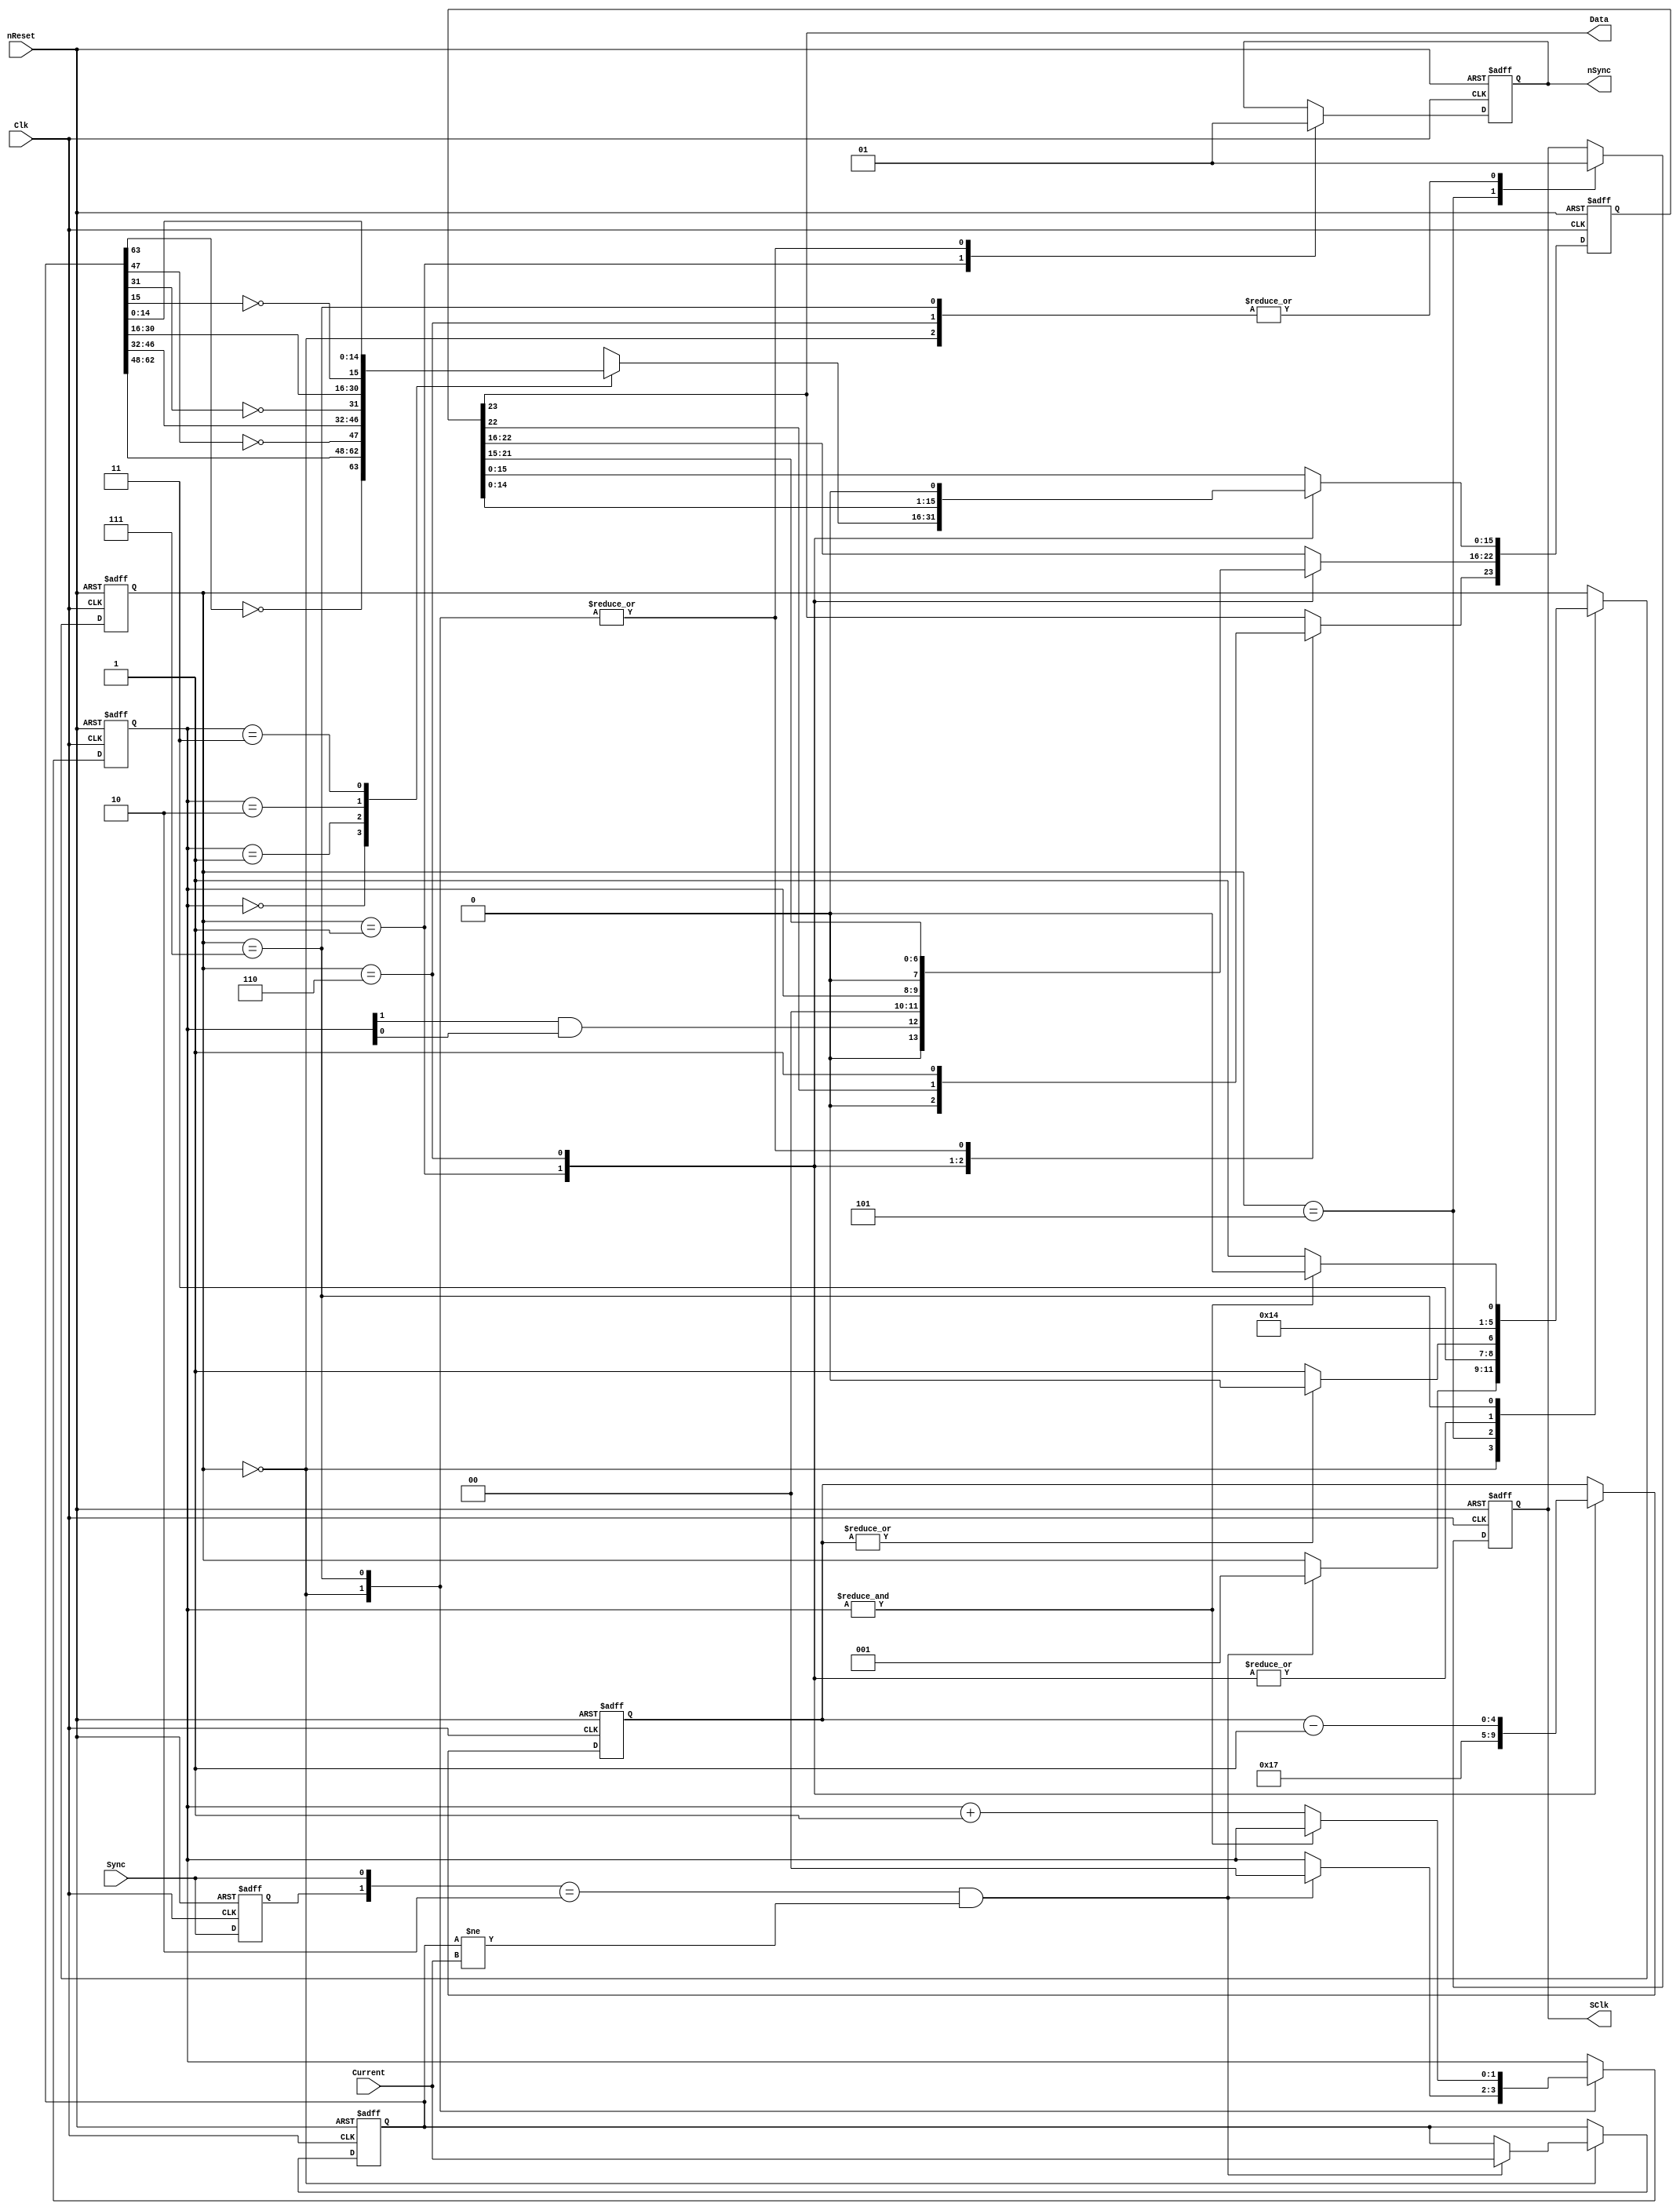
//==============================================================================
// Copyright (C) John-Philip Taylor
// jpt13653903@gmail.com
//
// This file is part of a library
//
// This file is free software: you can redistribute it and/or modify
// it under the terms of the GNU General Public License as published by
// the Free Software Foundation, either version 3 of the License, or
// (at your option) any later version.
// 
// This program is distributed in the hope that it will be useful,
// but WITHOUT ANY WARRANTY; without even the implied warranty of
// MERCHANTABILITY or FITNESS FOR A PARTICULAR PURPOSE.  See the
// GNU General Public License for more details.
// 
// You should have received a copy of the GNU General Public License
// along with this program.  If not, see <http://www.gnu.org/licenses/>
//==============================================================================

module DAC8564(
  input nReset,
  input Clk, // max 50 MHz
  input Sync,

  output reg nSync,
  output reg SClk,
  output     Data,

  input [63:0]Current);
//------------------------------------------------------------------------------

  reg  [ 2:0]state;
  reg  [ 4:0]count;
  reg  [23:0]tdata;

  reg        pSync;

  reg  [ 1:0]address;

  reg  [63:0]tCurrent;
  wire [15:0]tData[3:0];
//------------------------------------------------------------------------------

  genvar g;
  generate
    for(g = 0; g < 4; g = g+1) begin: G_Data
      assign tData[g] = tCurrent[16*g+15:16*g];
    end
  endgenerate
//------------------------------------------------------------------------------

  always @(negedge nReset, posedge Clk) begin
    if(!nReset) begin
      state <= 0;
      count <= 0;

      tdata <= 24'hFFFFFF;

      address <= 0;

      tCurrent <= 0;

      nSync <= 1'b1;
      SClk  <= 1'b1;
   
      pSync <= 1'b0;
//------------------------------------------------------------------------------

    end else begin
      case(state)
        3'b000: begin
          tdata[23] <= 1'b1;
          nSync     <= 1'b1;
          SClk      <= 1'b1;
          if(({pSync, Sync} == 2'b10) && 
             (tCurrent != Current)) begin
            tCurrent <= Current;
            address  <= 2'b00;
            state    <= 3'b001;
          end
        end
//------------------------------------------------------------------------------

        3'b001: begin
          nSync <= 1'b0;
          tdata[23:16] <= {2'b00, (address[1] & address[0]), 2'b00, address, 1'b0};
          case(address)
            2'b00: tdata[15:0] <= {~tData[3][15], tData[3][14:0]};
            2'b01: tdata[15:0] <= {~tData[2][15], tData[2][14:0]};
            2'b10: tdata[15:0] <= {~tData[1][15], tData[1][14:0]};
            2'b11: tdata[15:0] <= {~tData[0][15], tData[0][14:0]};
            default:;
          endcase
          count <= 5'd23;
          state <= 3'b101;
        end
//------------------------------------------------------------------------------

        3'b101: begin
          SClk <= 1'b0;
          if(~|count) state <= 3'b111;
          else        state <= 3'b110;
        end
//------------------------------------------------------------------------------

        3'b110: begin
          SClk  <= 1'b1;
          tdata <= {tdata[22:0], 1'b0};
          count <= count - 1'b1;
          state <= 3'b101;
        end
//------------------------------------------------------------------------------

        3'b111: begin
          tdata[23] <= 1'b1;
          nSync     <= 1'b1;
          SClk      <= 1'b1;
          if(&address) begin
            state <= 3'b000;
          end else begin
            address <= address + 1'b1;
            state   <= 3'b001;
          end
        end
//------------------------------------------------------------------------------

        default:;
      endcase
//------------------------------------------------------------------------------

      pSync <= Sync;
    end
  end
//------------------------------------------------------------------------------

  assign Data = tdata[23];
endmodule
//------------------------------------------------------------------------------